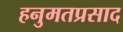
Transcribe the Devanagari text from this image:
हनुमतप्रसाद